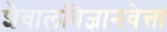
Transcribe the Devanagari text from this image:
शैवालविज्ञानवेत्ता